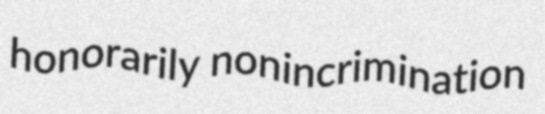
honorarily nonincrimination